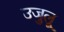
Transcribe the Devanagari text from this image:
उजुलू